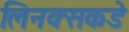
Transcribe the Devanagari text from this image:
लिनक्सकडे